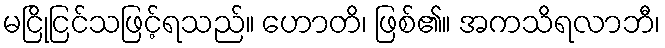
မငြိုငြင်သဖြင့်ရသည်။ ဟောတိ၊ ဖြစ်၏။ အကသိရလာဘီ၊